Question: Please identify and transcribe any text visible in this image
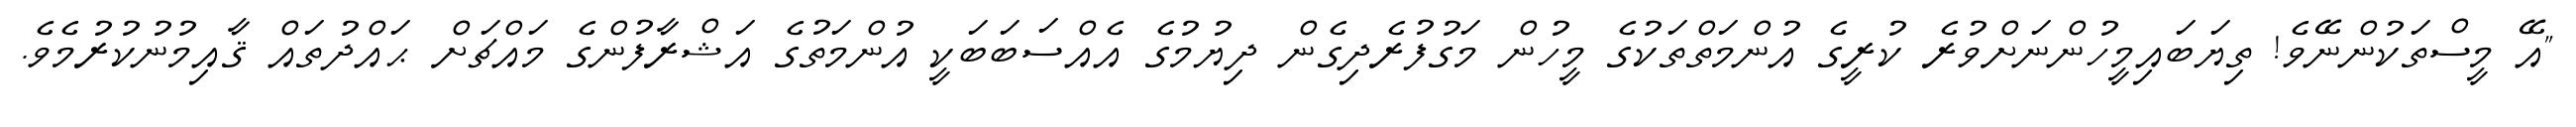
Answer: "އޭ މީސްތަކުންނޭވެ! ތިޔަބައިމީހުންނަށްވުރެ ކުރީގެ އުންމަތްތަކުގެ މީހުން މަގުފުރެދިގެން ދިޔުމުގެ އެއްސަބަބަކީ އުންމަތުގެ އަޝްރާފުންގެ މައްޗަށް ޙައްދުތައް ޤާއިމުނުކުރުމެވެ.